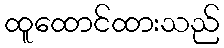
ထူထောင်ထားသည်